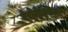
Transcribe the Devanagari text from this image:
ऐरोमेक्सिको